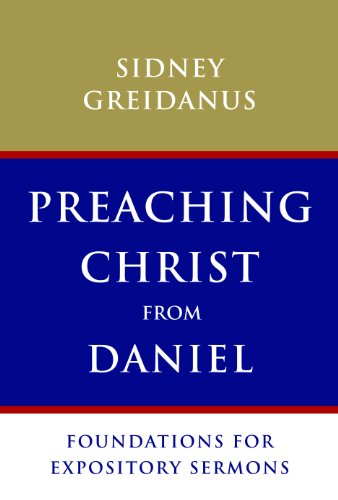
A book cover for Preaching Christ from Daniel: Foundations for Expository Sermons; Sidney Greidanus; Christian Books & Bibles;